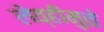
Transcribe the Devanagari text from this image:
लेव्हीमुळे